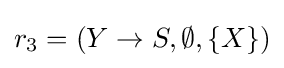
r_{3}=(Y\to S,\emptyset ,\{X\})